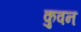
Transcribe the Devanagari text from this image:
कुवन